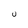
Character: U